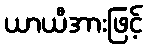
ယာယီအားဖြင့်